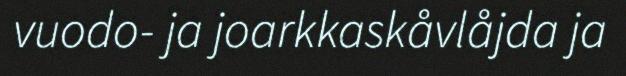
vuodo- ja joarkkaskåvlåjda ja